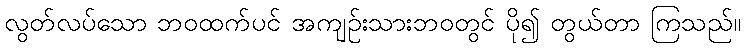
လွတ်လပ်သော ဘဝထက်ပင် အကျဉ်းသားဘဝတွင် ပို၍ တွယ်တာ ကြသည်။